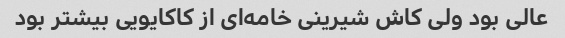
عالی بود ولی کاش شیرینی خامه‌ای از کاکایویی بیشتر بود